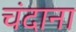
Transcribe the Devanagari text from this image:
चंदाना